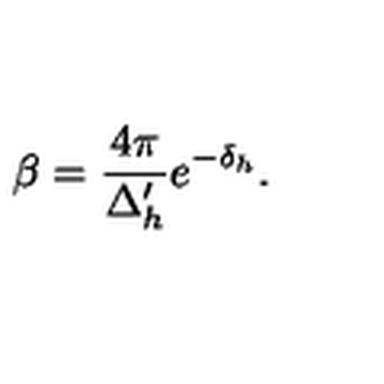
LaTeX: \beta = \frac { 4 \pi } { \Delta _ { h } ^ { \prime } } e ^ { - \delta _ { h } } .